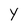
Character: Y